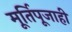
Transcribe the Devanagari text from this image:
मूर्तिपूजाही